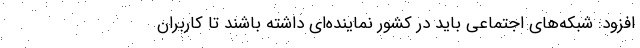
افزود: شبکه‌های اجتماعی باید در کشور نماینده‌ای داشته باشند تا کاربران